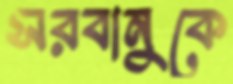
সরবানুকে